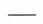
-